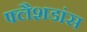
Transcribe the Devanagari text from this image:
फ्लैशडांस